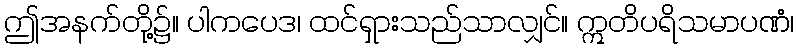
ဤအနက်တို့၌။ ပါကပေဒ၊ ထင်ရှားသည်သာလျှင်။ ဣတိပရိသမာပဏံ၊